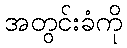
အတွင်းခံကို